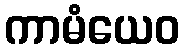
ကာမံယေဝ